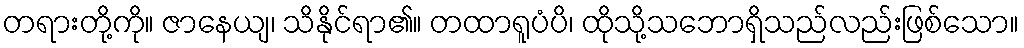
တရားတို့ကို။ ဇာနေယျ၊ သိနိုင်ရာ၏။ တထာရူပံပိ၊ ထိုသို့သဘောရှိသည်လည်းဖြစ်သော။